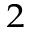
_ 2